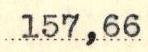
157,66